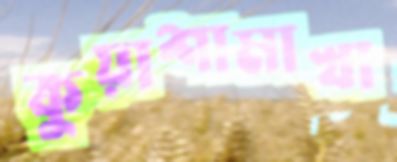
কুয়াশামাখা